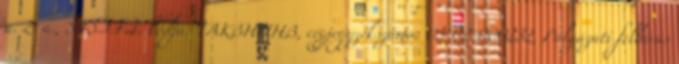
u. 2 a., S.W.I.F.T. kódja: TAKBHUHB, cégjegyzékszáma: 03-02-000232, Pályázati felhívás